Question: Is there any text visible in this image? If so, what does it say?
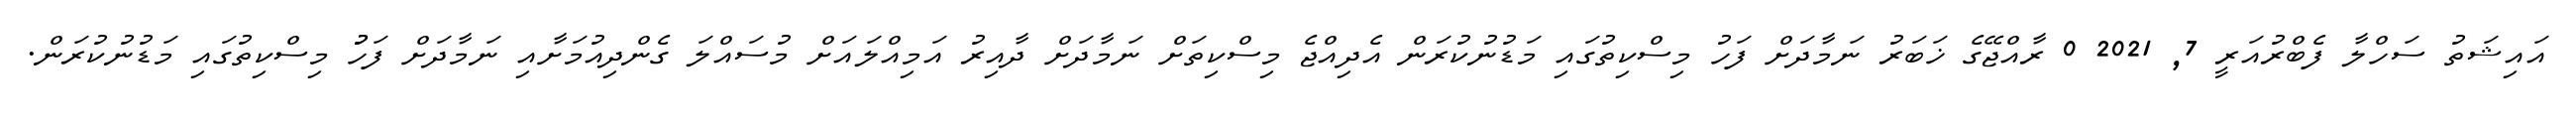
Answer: އައިޝަތު ސަހްލާ ފެބްރުއަރީ 7, 2021 0 ރާއްޖޭގެ ޚަބަރު ނަމާދަށް ފަހު މިސްކިތުގައި މަޑުނުކުރަން އެދިއްޖެ މިސްކިތަށް ނަމާދަށް ދާއިރު އަމިއްލައަށް މުސައްލަ ގެންދިއުމަށާއި ނަމާދަށް ފަހުު މިސްކިތުގައި މަޑުނުކުރަން.